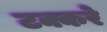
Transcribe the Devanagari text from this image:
टक्करे